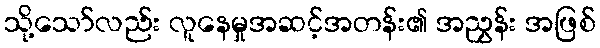
သို့သော်လည်း လူနေမှုအဆင့်အတန်း၏ အညွှန်း အဖြစ်